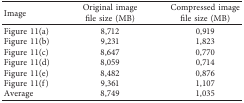
| Image | Original image file size (MB) | Compressed image file size (MB) |
 | --- | --- | --- |
 | Figure 11(a) | 8,712 | 0,919 |
 | Figure 11(b) | 9,231 | 1,823 |
 | Figure 11(c) | 8,647 | 0,770 |
 | Figure 11(d) | 8,059 | 0,714 |
 | Figure 11(e) | 8,482 | 0,876 |
 | Figure 11(f) | 9,361 | 1,107 |
 | Average | 8,749 | 1,035 |